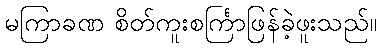
မကြာခဏ စိတ်ကူးစင်္ကြာဖြန်ခဲ့ဖူးသည်။